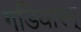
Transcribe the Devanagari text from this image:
गडियारम्